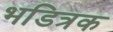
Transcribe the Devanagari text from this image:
भडित्रक